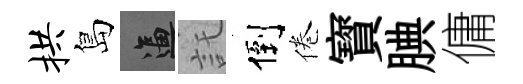
拱島逼託倒倦寳腆傭